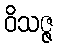
ဝိသဇ္ဇ